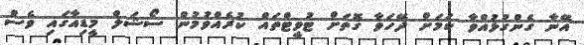
އޭނާ ގެންގުޅުއްވާ ކަމަށް ދޭހަވާ ގޮތަށް ޓުވީޓްތައް ކުރެއްވުމުން ސޯޝަލް މީޑިއާގައި ވެސް